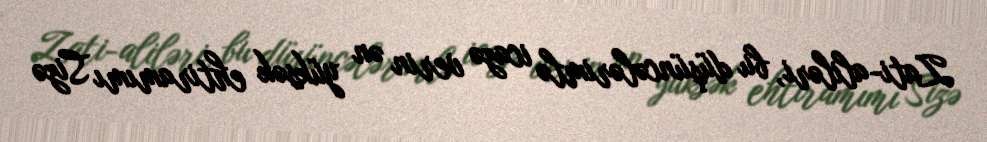
Zati-aliləri, bu düşüncələrimlə icazə verin ən yüksək ehtiramımı Sizə